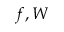
f , W